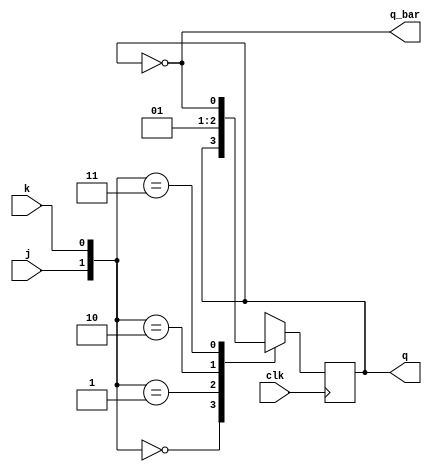
`timescale 1ns / 1ps
module JK_FF(j,k,clk,q,q_bar);
input j,k,clk;
output  q,q_bar;
reg q;
assign q_bar= ~q;
always @(posedge clk)
begin

case({j,k})
2'b00: q<=q;
2'b01: q<=0;
2'b10: q<=1;
2'b11: q<=~q;
endcase
end
endmodule